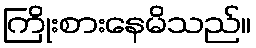
ကြိုးစားနေမိသည်။